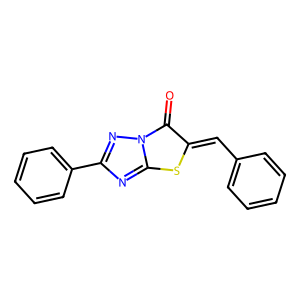
SMILES: O=c1c(=Cc2ccccc2)sc2nc(-c3ccccc3)nn12
Inhibits HIV replication: No